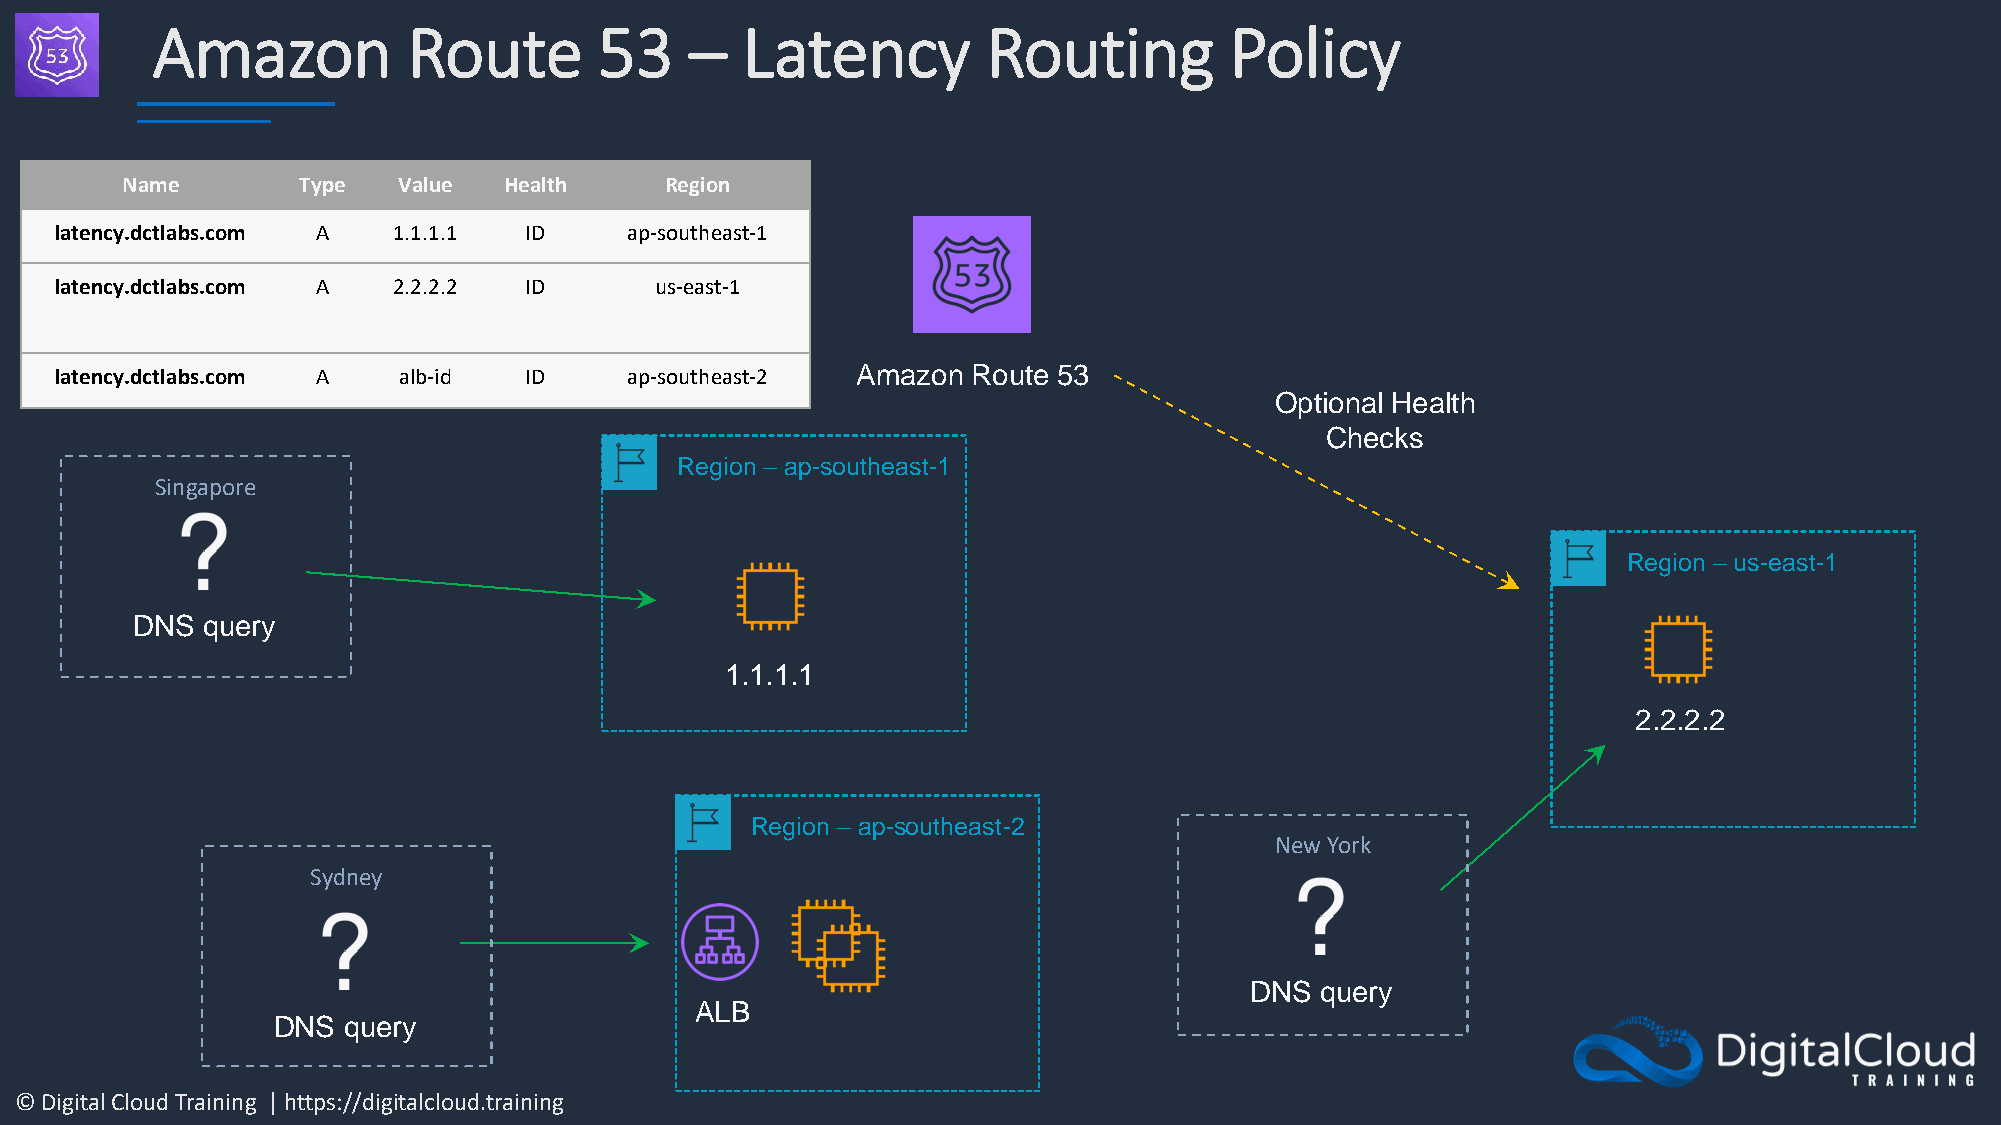
Amazon           Route        53    –  Latency         Routing         Policy
 Name        Type  Value  Health     Region
 latency.dctlabs.com A 1.1.1.1  ID     ap-southeast-1
 latency.dctlabs.com A 2.2.2.2  ID      us-east-1
 latency.dctlabs.com A alb-id   ID     ap-southeast-2 Amazon Route 53
 Optional Health
 Checks
 Region – ap-southeast-1
 Singapore
 Region – us-east-1
 DNS query
 1.1.1.1
 2.2.2.2
 Region – ap-southeast-2
 New York
 Sydney
 DNS query
 ALB
 DNS  query
 © Digital Cloud Training | https://digitalcloud.training